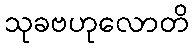
သုခဗဟုလောတိ